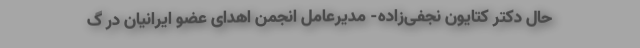
حال دکتر کتایون نجفی‌زاده- مدیرعامل انجمن اهدای عضو ایرانیان در گ